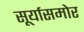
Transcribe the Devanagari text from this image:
सूर्यासमोर